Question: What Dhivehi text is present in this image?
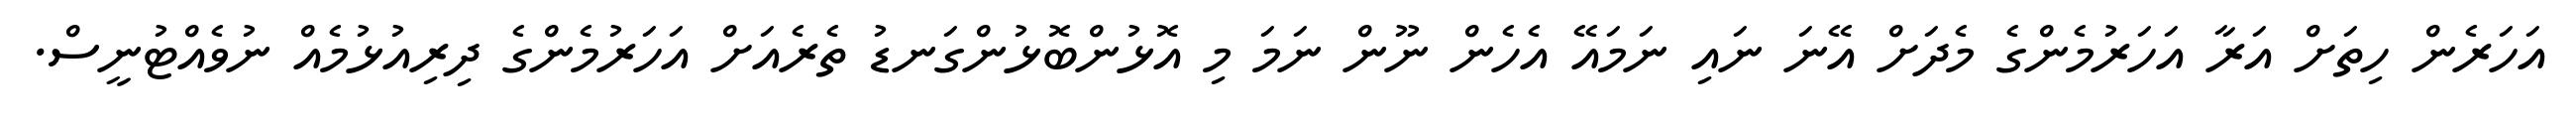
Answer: އަހަރެން ހިތަށް އަރާ އަހަރުމެންގެ މެދަށް އޭނަ ނައި ނަމައޭ އެހެން ނޫން ނަމަ މި އޮޅުންބޮޅުންގަނޑު ތެރެއަށް އަހަރުމެންގެ ދިރިއުޅުމެއް ނުވެއްޓުނީސް.